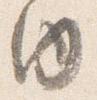
内